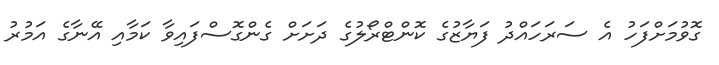
ގޮވުމަށްފަހު އެ ސަރަހައްދު ފަޔާޒުގެ ކޮންޓްރޯލުގެ ދަށަށް ގެންގޮސްފައިވާ ކަމާއި އޭނާގެ އަމުރު